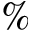
\%